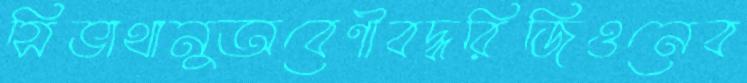
সিভাথানুঅবেণীবদ্ধরিজিওনেব